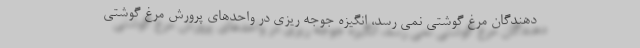
دهندگان مرغ گوشتی نمی رسد، انگیزه جوجه ریزی در واحدهای پرورش مرغ گوشتی